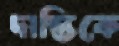
দাস্তিকে